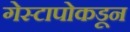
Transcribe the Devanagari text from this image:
गेस्टापोकडून